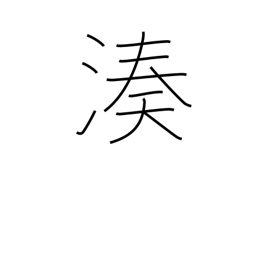
Meaning: port